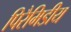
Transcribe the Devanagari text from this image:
पिरैमिडीय